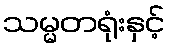
သမ္မတရုံးနှင့်